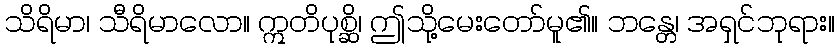
သိရိမာ၊ သီရိမာလော။ ဣတိပုစ္ဆိ၊ ဤသို့မေးတော်မူ၏။ ဘန္တေ၊ အရှင်ဘုရား။